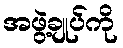
အဖွဲ့ချုပ်ကို